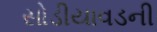
સોડીયાવડની